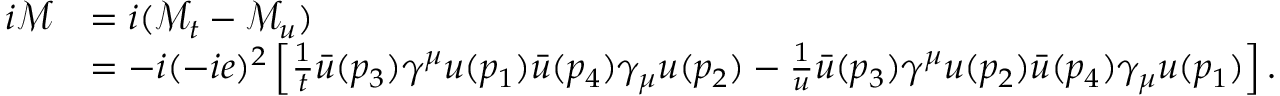
{ \begin{array} { r l } { i { \mathcal { M } } } & { = i ( { \mathcal { M } } _ { t } - { \mathcal { M } } _ { u } ) } \\ & { = - i ( - i e ) ^ { 2 } \left[ { \frac { 1 } { t } } { \bar { u } } ( p _ { 3 } ) \gamma ^ { \mu } u ( p _ { 1 } ) { \bar { u } } ( p _ { 4 } ) \gamma _ { \mu } u ( p _ { 2 } ) - { \frac { 1 } { u } } { \bar { u } } ( p _ { 3 } ) \gamma ^ { \mu } u ( p _ { 2 } ) { \bar { u } } ( p _ { 4 } ) \gamma _ { \mu } u ( p _ { 1 } ) \right] . } \end{array} }